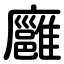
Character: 廱